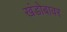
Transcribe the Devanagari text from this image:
खंडोबावर